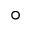
^ \circ